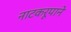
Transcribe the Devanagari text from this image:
नाटकरूपाने